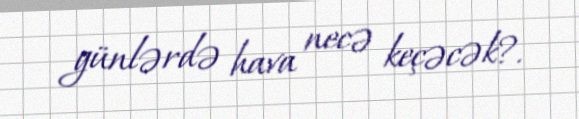
günlərdə hava necə keçəcək?.